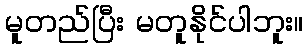
မူတည်ပြီး မတူနိုင်ပါဘူး။